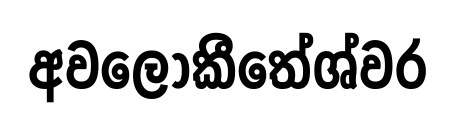
අවලෝකීතේශ්වර